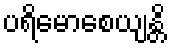
ပရိမောစေယျန္တိ